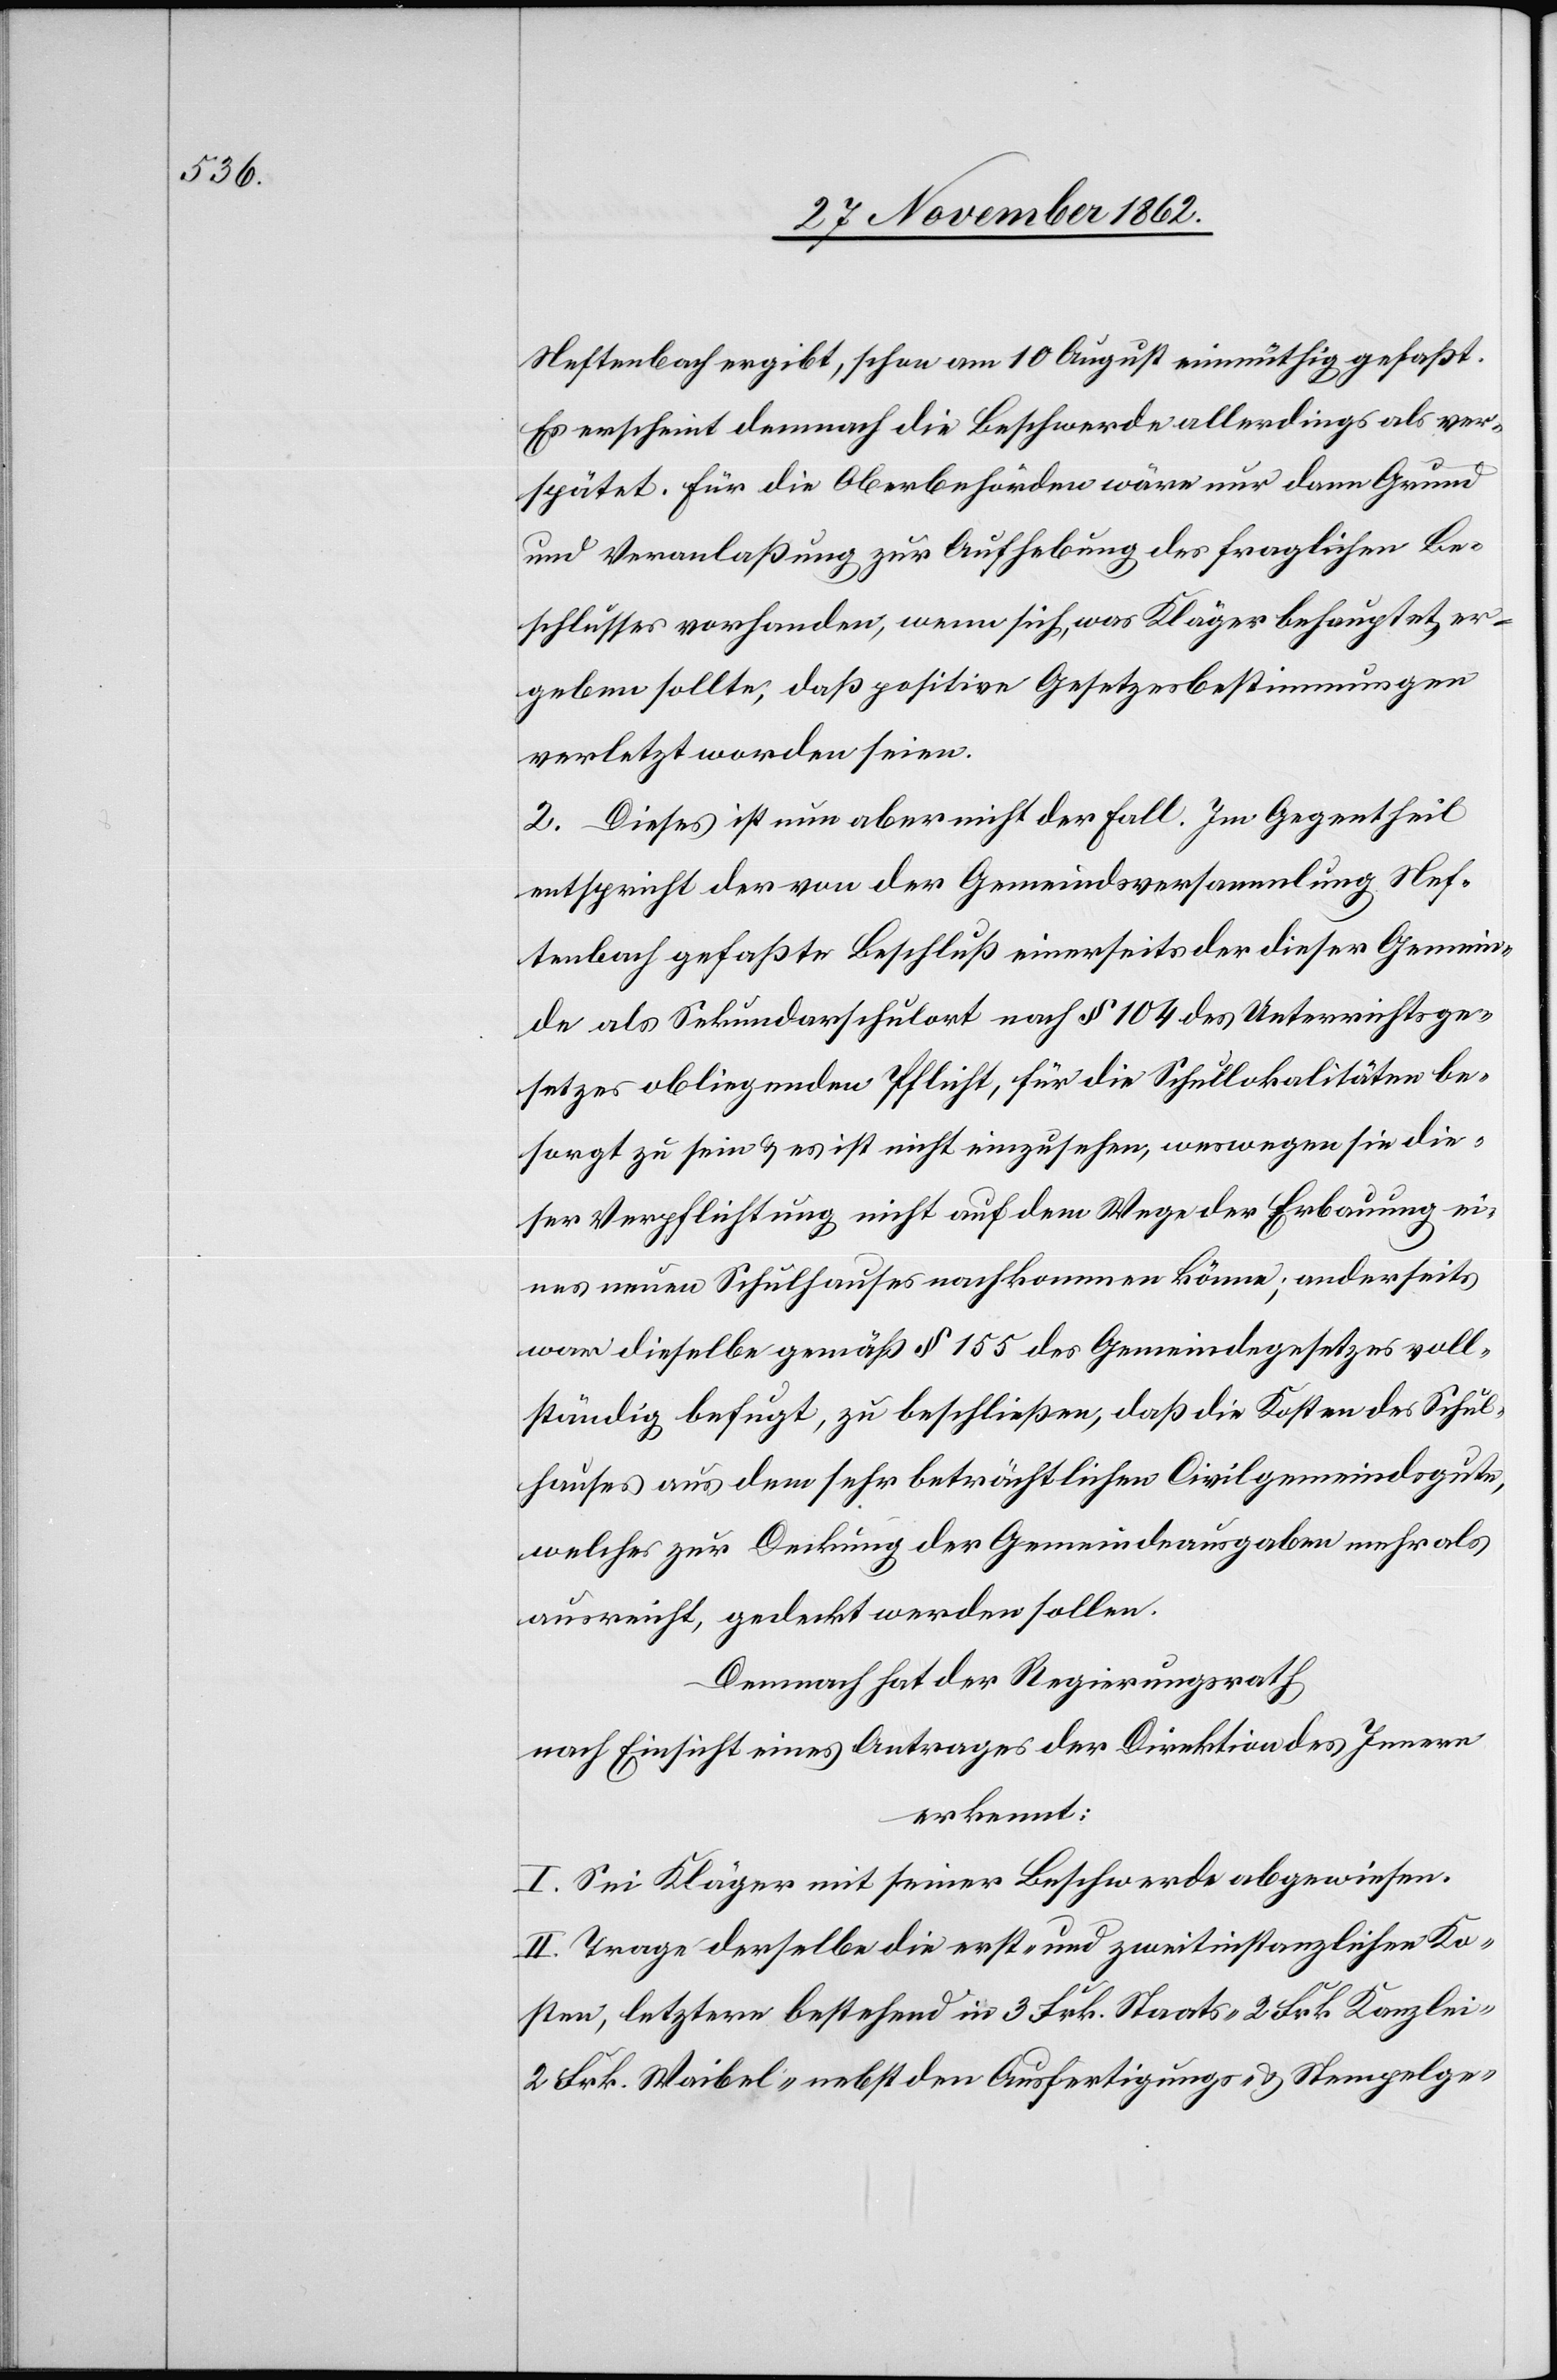
Neftenbach ergibt, schon am 10. August einmüthig gefaßt.
Es erscheint demnach die Beschwerde allerdings als ver¬
spätet. Für die Oberbehörden wäre nur dann Grund
und Veranlaßung zur Aufhebung des fraglichen Be¬
schlusses vorhanden, wenn sich, was Kläger behauptet, er¬
geben sollte, daß positive Gesetzesbestimmungen
verletzt worden seien.
2. Dieses ist nun aber nicht der Fall. Im Gegentheil
entspricht der von der Gemeindsversammlung Nef¬
tenbach gefaßte Beschluß einerseits der dieser Gemein¬
de als Sekundarschulort nach § 104 des Unterrichtsge¬
setzes obliegenden Pflicht, für die Schullokalitäten be¬
sorgt zu sein u. es ist nicht einzusehen, weswegen sie die¬
ser Verpflichtung nicht auf dem Wege der Erbauung ei¬
nes neuen Schulhauses nachkommen könne, anderseits
war dieselbe gemäß § 155 des Gemeindegesetzes voll¬
ständig befugt, zu beschließen, daß die Kosten des Schul¬
hauses aus dem sehr beträchtlichen Civilgemeindsgute,
welches zur Deckung der Gemeindeausgaben mehr als
ausreicht, gedeckt werden sollen.
Demnach hat der Regierungsrath
nach Einsicht eines Antrages der Direktion des Innern
erkennt:
I. Sei Kläger mit seiner Beschwerde abgewiesen.
II. Trage derselbe die erst- und zweitinstanzlichen Ko¬
sten, letztere bestehend in 3 Frk. Staats-[,] 2 Frk. Kanzlei-[,]
2 Frk. Waibel- nebst den Ausfertigungs- u. Stempelge-